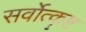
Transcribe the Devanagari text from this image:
सर्वोत्कॄष्ट